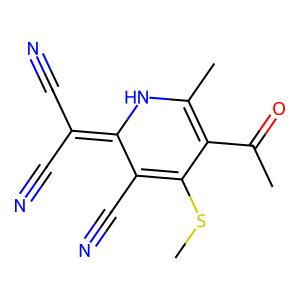
SMILES: CSC1=C(C#N)C(=C(C#N)C#N)NC(C)=C1C(C)=O
Inhibits HIV replication: No